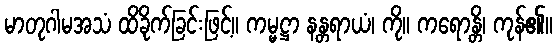
မာတုဂါမအသံ ထိခိုက်ခြင်းဖြင့်။ ကမ္မဋ္ဌာ နန္တရာယံ၊ ကို။ ကရောန္တိ၊ ကုန်၏။